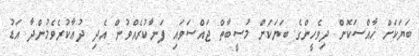
ބަޔަކަށް ޚާއްސަކޮށް ދިވެހީންގެ ބަޔަކަށް މުސީބާތް ޖައްސަވައި ފަނާކުރެއްވުން އެދި ދުޢާކުރެވެމުންދާ އަޑު